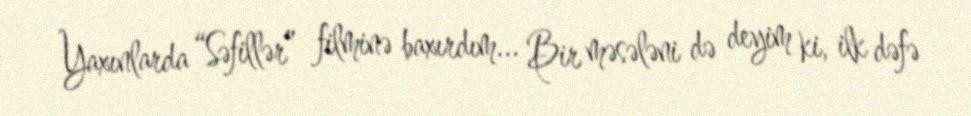
Yaxınlarda “Səfillər” filminə baxırdım... Bir məsələni də deyim ki, ilk dəfə